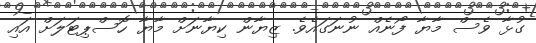
ގުޅާ ވެސް މާޔާ ފޯނެއް ނުނަގައެވެ. ޒިޔާން ކިޔާނަށް މާޔާ ހޮސްޕިޓަލަށް އައި